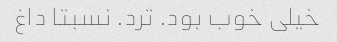
خیلی خوب بود. ترد. نسبتا داغ